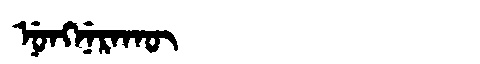
Manchu: ᠨᡠᠩᠨᡝᡵᠠᡴᡡ
Romanization: NUNGNERAKŪ